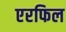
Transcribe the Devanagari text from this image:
एरफिल